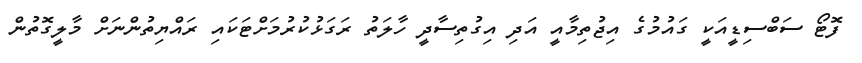
ފޮޓޯ ސަބްސިޑީއަކީ ގައުމުގެ އިޖުތިމާއީ އަދި އިގުތިސާދީ ހާލަތު ރަގަޅުކުރުމަށްޓަކައި ރައްޔިތުންނަށް މާލީގޮތުން